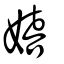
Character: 嬉